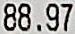
88.97